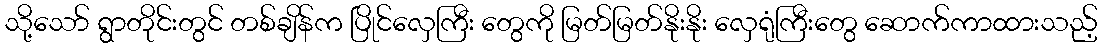
သို့သော် ရွာတိုင်းတွင် တစ်ချိန်က ပြိုင်လှေကြီး တွေကို မြတ်မြတ်နိုးနိုး လှေရုံကြီးတွေ ဆောက်ကာထားသည့်